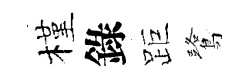
槿錄距鷺